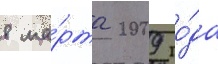
8 ма́рта 2009 го́да